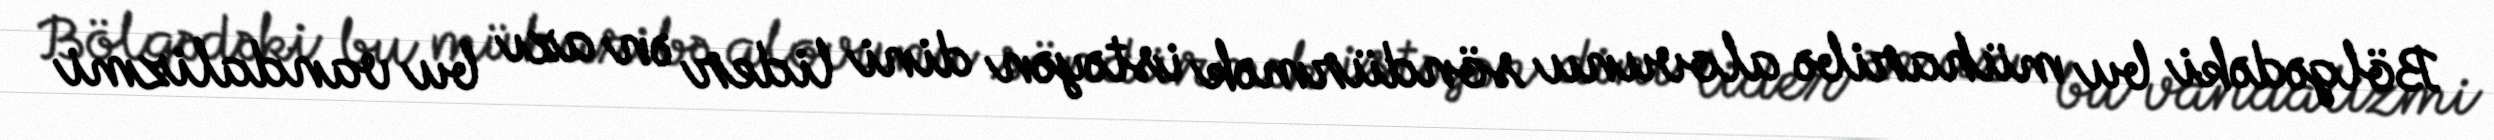
Bölgədəki bu müharibə alovunu söndürmək istəyən dini lider ən azı bu vandalizmi